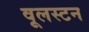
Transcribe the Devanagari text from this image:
वूलस्टन